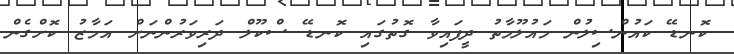
ކޮނޑޭ ކައުންސިލުން މައުލޫމާތު ދީފައިވާ ގޮތުގައި ކޮނޑޭ ސްކޫލް ދަރިވަރުންނަށް އަމާޒު ކޮށްގެން